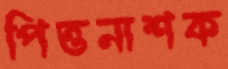
পিত্তনাশক